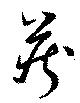
蔵